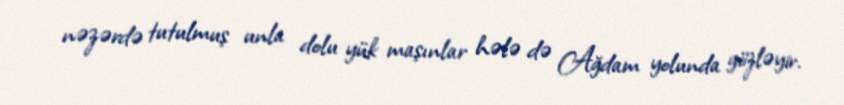
nəzərdə tutulmuş unla dolu yük maşınlar hələ də Ağdam yolunda gözləyir.